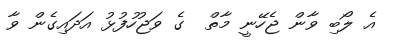
އެ ލޯބި ވާން ޖެހޭނީ މާތް  ގެ ވަޖުހުފުޅު އަދައިގެން ވާ